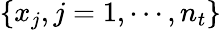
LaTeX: \{ x_{j},j=1,\cdots,n_{t}\}